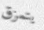
يتمزق